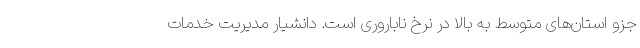
جزو استان‌های متوسط به بالا در نرخ ناباروری است. دانشیار مدیریت خدمات